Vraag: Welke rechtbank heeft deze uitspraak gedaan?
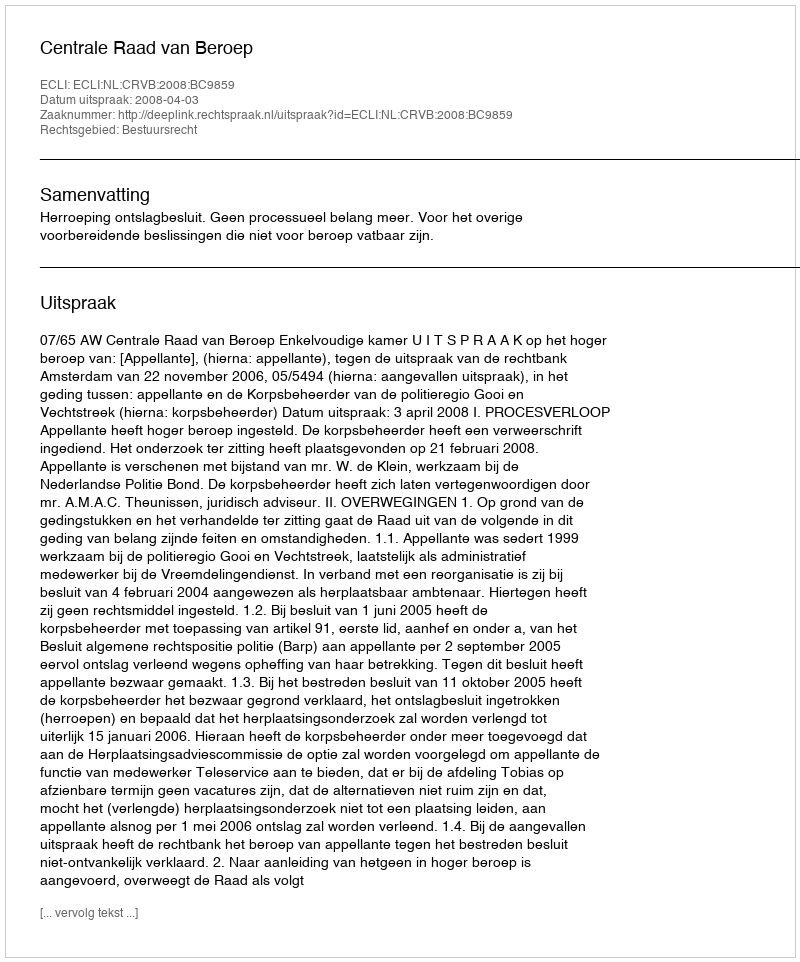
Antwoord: Centrale Raad van Beroep